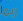
ربما